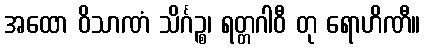
အထော ဝိသာဏံ သိင်္ဂဉ္စ၊ ရတ္တဂါဝီ တု ရောဟိဏီ။